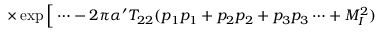
\times \exp \Big [ \cdots - 2 \pi \alpha ^ { \prime } T _ { 2 2 } ( p _ { 1 } p _ { 1 } + p _ { 2 } p _ { 2 } + p _ { 3 } p _ { 3 } \cdots + M _ { I } ^ { 2 } )